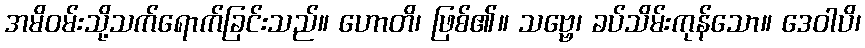
အမိဝမ်းသို့သက်ရောက်ခြင်းသည်။ ဟောတိ၊ ဖြစ်၏။ သဗ္ဗေ၊ ခပ်သိမ်းကုန်သော။ ဒေဝါပိ၊